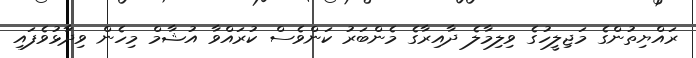
ރައްޔިތުންގެ މަޖިލީހުގެ ވިލިމާލެ ދާއިރާގެ މެންބަރު ކަންވެސް ކުރައްވާ އުޝާމް މިހެން ވިދާޅުވެފައި